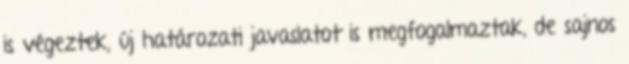
is végeztek, új határozati javaslatot is megfogalmaztak, de sajnos